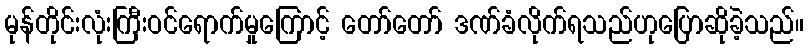
မုန်တိုင်းလုံးကြီးဝင်ရောက်မှုကြောင့် တော်တော် ဒဏ်ခံလိုက်ရသည်ဟုပြောဆိုခဲ့သည်။